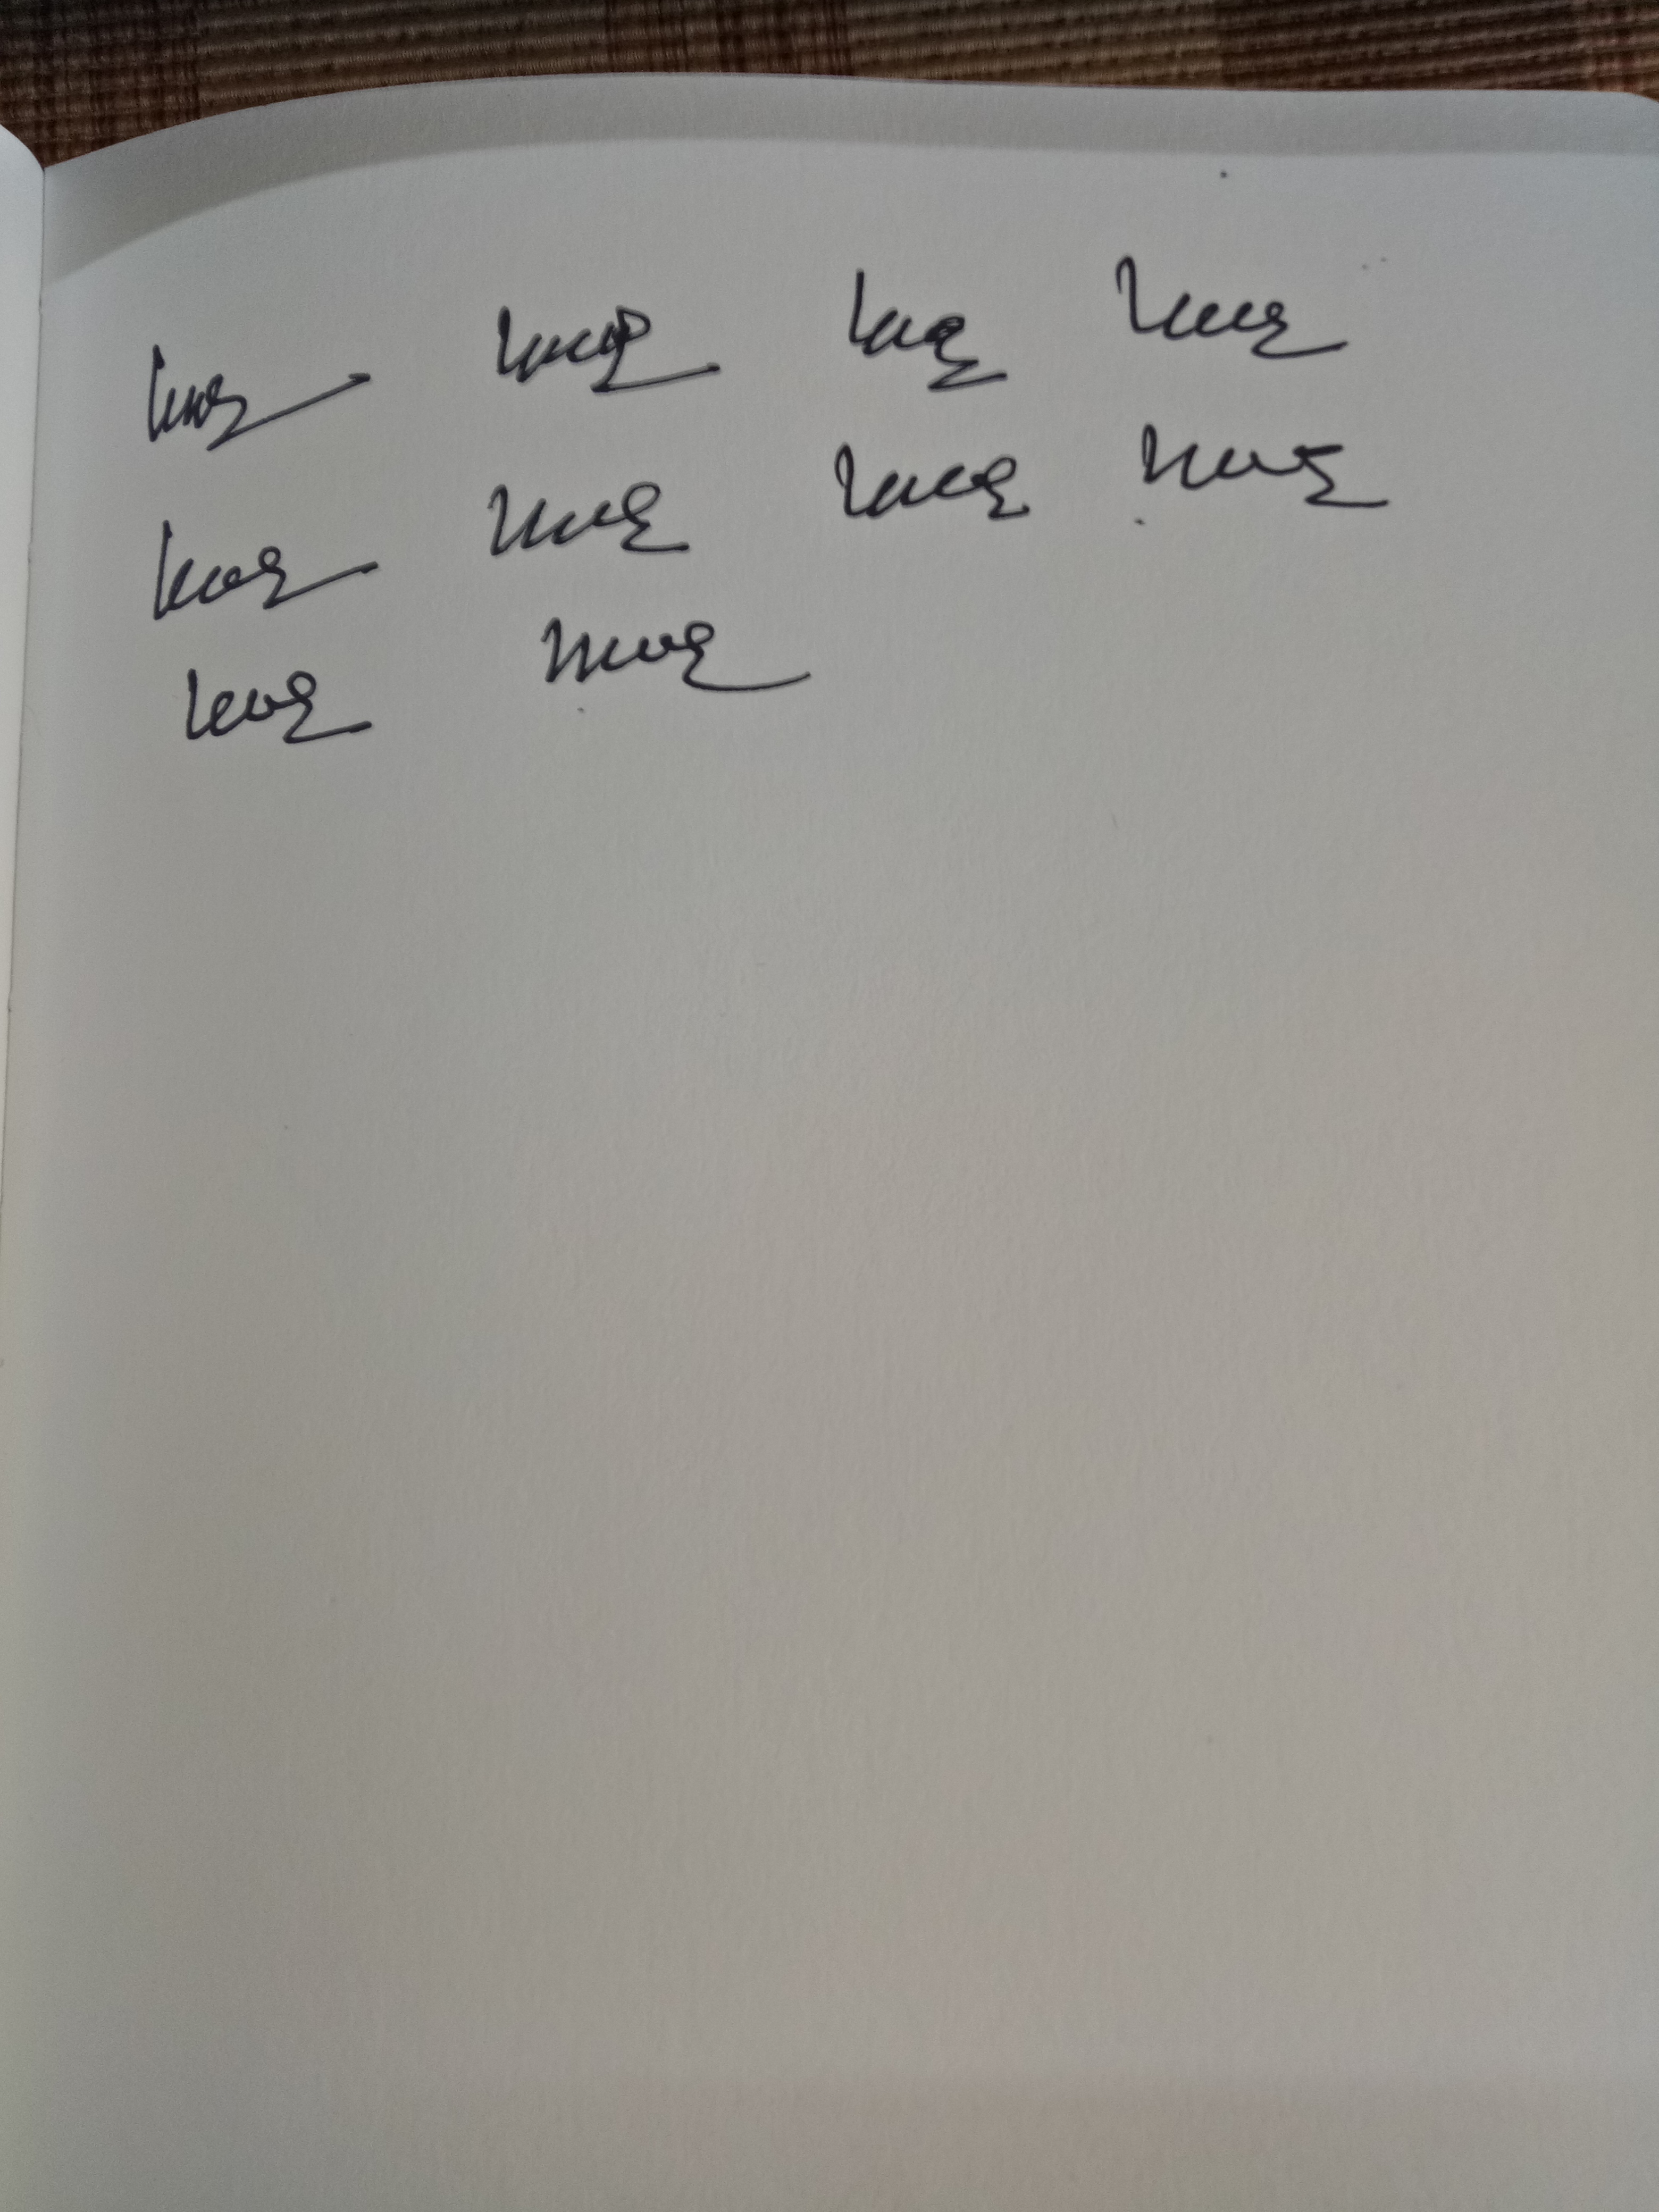
Signature authenticity: genuine